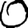
Digit: 0